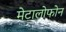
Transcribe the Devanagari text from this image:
मेटालोफोन